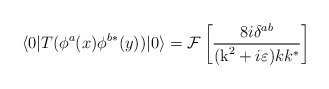
\begin{align*}\langle 0|T (\phi^a(x) \phi^{b*} (y)) |0 \rangle = {\cal F}\left[ \frac{8i \delta^{ab}}{(\mbox{k}^2 + i\varepsilon) kk^*}\right]\end{align*}